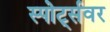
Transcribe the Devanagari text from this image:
स्पोर्ट्सवर